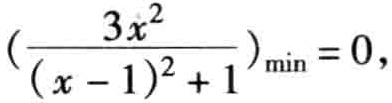
\((\frac{3x^{2}}{(x - 1)^{2}+1})_{\min}=0\)